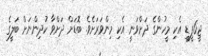
ޖީ6ޕީޑީ އެކި މީހުންގެ ދަށްވަނީ އެކި މިންވަރަށެވެ. ބޮޑަށް ދަށްވާ ކުދިންނަށް ބަލީގެ